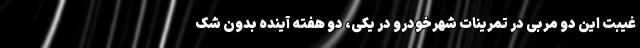
غیبت این دو مربی در تمرینات شهرخودرو در یکی، دو هفته آینده بدون شک